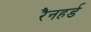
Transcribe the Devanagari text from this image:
रैनहर्ड